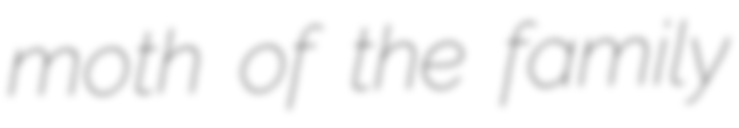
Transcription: moth of the family